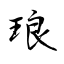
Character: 琅